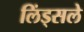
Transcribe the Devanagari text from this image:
लिंड्सले